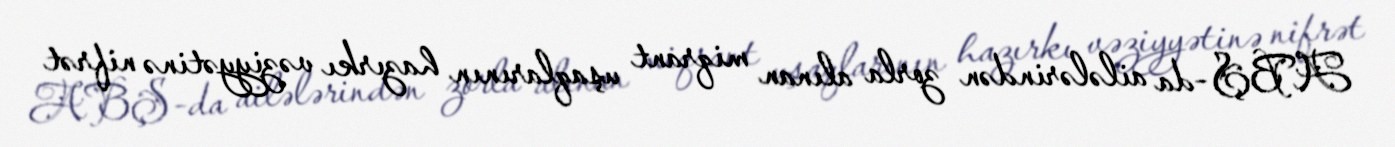
ABŞ-da ailələrindən zorla alınan miqrant uşaqlarının hazırkı vəziyyətinə nifrət